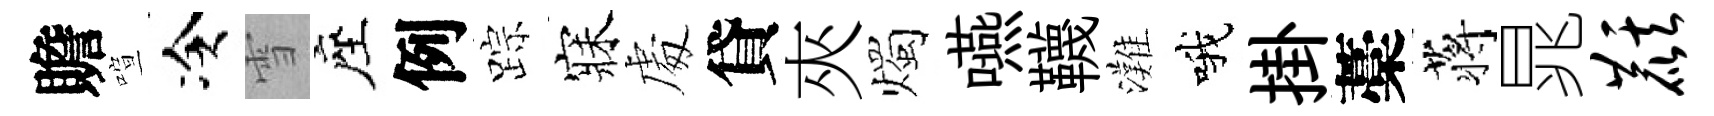
贍喧冷雪座例踪寐䖏貸夾燭嚥韈灘哦掛藁蒋晁麒